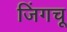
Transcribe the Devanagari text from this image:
जिंगचू